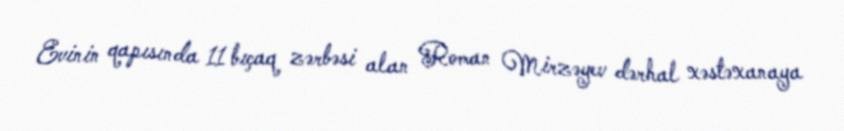
Evinin qapısında 11 bıçaq zərbəsi alan Roman Mirzəyev dərhal xəstəxanaya